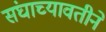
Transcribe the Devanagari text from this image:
संघाच्यावतीने